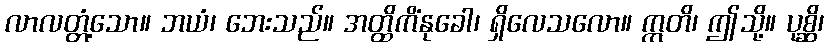
လာလတ္တံ့သော။ ဘယံ၊ ဘေးသည်။ အတ္ထိကိံနုခေါ၊ ရှိလေသလော။ ဣတိ၊ ဤသို့။ ပုစ္ဆိ၊